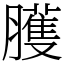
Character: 臒